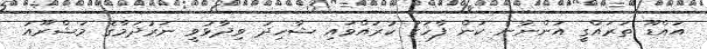
އައްޑޫ ތަރައްގީ އަންނާނެ ކަން ފާހަގަ ކުރައްވައި ޝާހިދު ވިދާޅުވީ ނަރުދަމާގެ މަޝްރޫއު